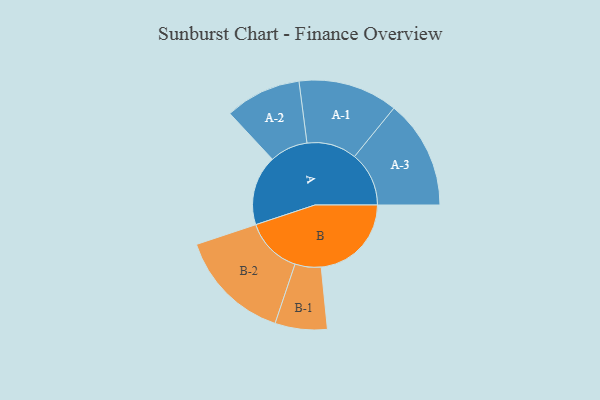
{"axis": {"x": "Segment", "y": "Value"}, "legend": ["", "A", "B"], "data": [{"x": "A", "y": 274, "type": ""}, {"x": "B", "y": 353, "type": ""}, {"x": "A-1", "y": 195, "type": "A"}, {"x": "A-2", "y": 149, "type": "A"}, {"x": "A-3", "y": 213, "type": "A"}, {"x": "B-1", "y": 102, "type": "B"}, {"x": "B-2", "y": 222, "type": "B"}]}